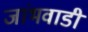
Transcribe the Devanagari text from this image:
जांभवाडी